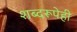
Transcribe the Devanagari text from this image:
शब्दरूपेही